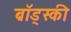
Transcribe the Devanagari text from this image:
ब्रॉड्स्की